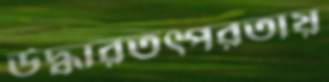
উদ্ধারতত্পরতায়